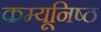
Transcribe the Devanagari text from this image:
कम्यूनिष्ठ